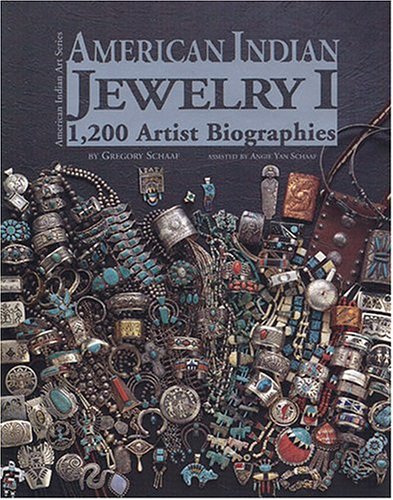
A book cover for American Indian Jewelry I: 1200 Artist Biographies (American Indian Art Series); Gregory Schaaf; Crafts, Hobbies & Home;